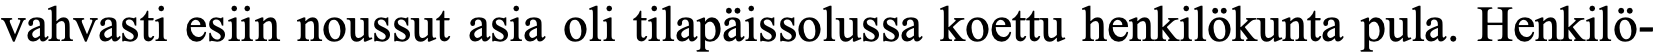
vahvasti esiin noussut asia oli tilapäissolussa koettu henkilökunta pula. Henkilö-